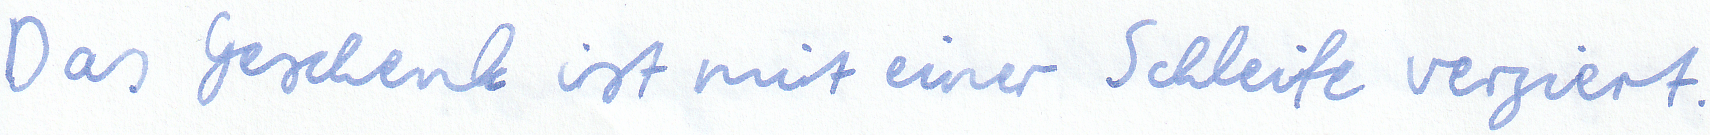
Das Geschenk ist mit einer Schleife verziert.